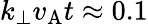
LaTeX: k_{\perp}v_{\mathrm{A}}t\approx 0.1